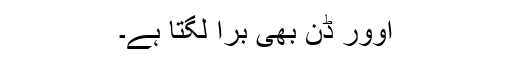
اوور ڈن بھی برا لگتا ہے۔